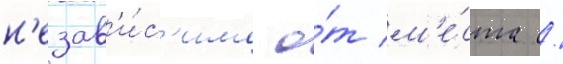
н'езав'и́с'имо о́т м'е́ста /